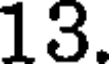
13.